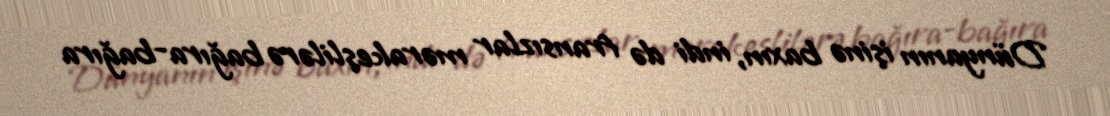
Dünyanın işinə baxın, indi də fransızlar mərakeşlilərə bağıra-bağıra